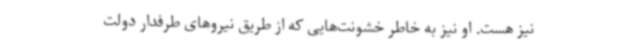
نیز هست. او نیز به خاطر خشونت‌هایی که از طریق نیروهای طرفدار دولت